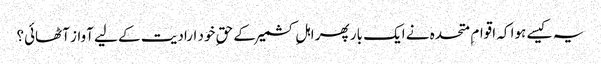
یہ کیسے ہوا کہ اقوام ِ متحدہ نے ایک بار پھر اہلِ کشمیرکے حقِ خود ارادیت کے لیے آواز آٹھائی؟